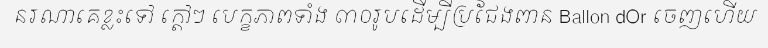
នរណាគេខ្លះទៅ ក្តៅៗ បេក្ខភាពទាំង ៣០រូបដើម្បីប្រជែងពាន Ballon dOr ចេញហើយ